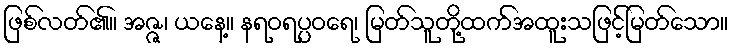
ဖြစ်လတ်၏။ အဇ္ဇ၊ ယနေ့။ နရဝရပ္ပဝရေ၊ မြတ်သူတို့ထက်အထူးသဖြင့်မြတ်သော။